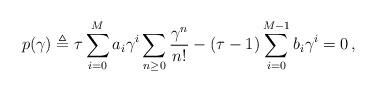
LaTeX: \begin{align*} p(\gamma) \triangleq \tau\sum_{i=0}^{M} a_i \gamma^i \sum_{n\ge0} \frac{\gamma^n}{n!} - (\tau-1)\sum_{i=0}^{M-1}b_i \gamma^{i} = 0 \,,\end{align*}